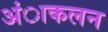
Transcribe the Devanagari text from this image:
अंाकलन